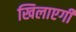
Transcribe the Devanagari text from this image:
खिलाएगी